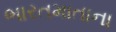
ભારતમાતાના